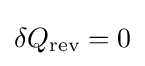
\delta Q_{\text{rev}}=0